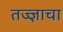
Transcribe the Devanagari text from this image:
तज्ज्ञाचा